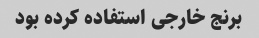
برنج خارجی استفاده کرده بود